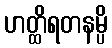
ဟတ္ထိရတနမ္ပိ